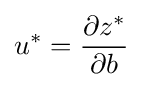
u^{*}={\frac {\partial z^{*}}{\partial b}}